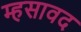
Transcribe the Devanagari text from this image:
म्हसावद